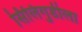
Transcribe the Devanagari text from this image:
सिलिगुडीला